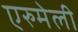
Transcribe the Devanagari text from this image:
एरुमेली